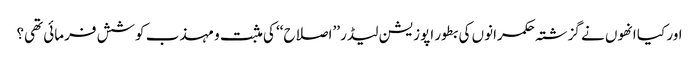
اور کیا انھوں نے گزشتہ حکمرانوں کی بطور اپوزیشن لیڈر ’’اصلاح‘‘ کی مثبت و مہذب کوشش فرمائی تھی؟